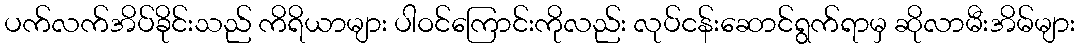
ပက်လက်အိပ်ခိုင်းသည် ကိရိယာများ ပါဝင်ကြောင်းကိုလည်း လုပ်ငန်းဆောင်ရွက်ရာမှ ဆိုလာမီးအိမ်များ